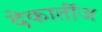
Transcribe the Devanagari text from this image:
देकार्तीज